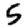
Digit: 5